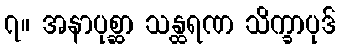
၇။ အနာပုစ္ဆာ သန္ထရဏ သိက္ခာပုဒ်